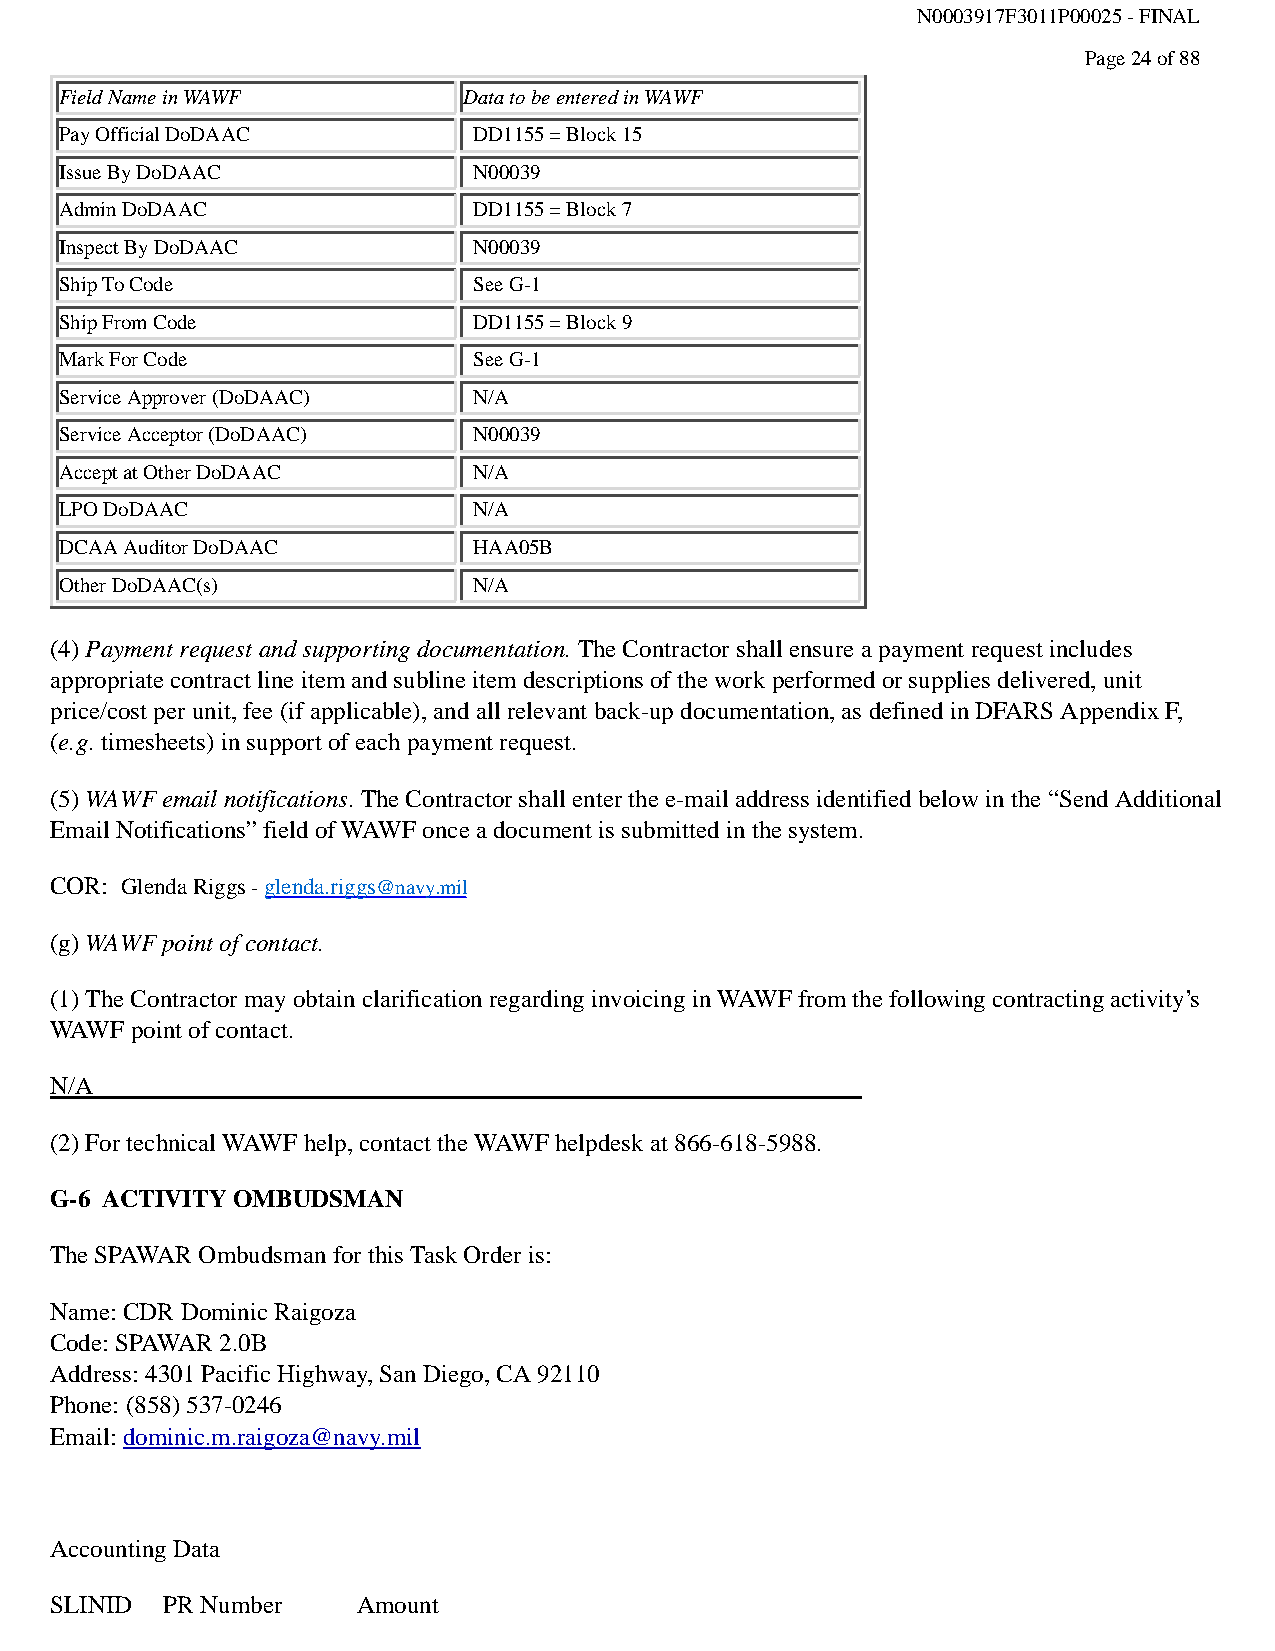
N0003917F3011P00025 - FINAL
 Page 24 of 88
 Field Name in WAWF         Data to be entered in WAWF
 Pay Official DoDAAC        DD1155 = Block 15
 Issue By DoDAAC            N00039
 Admin DoDAAC               DD1155 = Block 7
 Inspect By DoDAAC          N00039
 Ship To Code               See G-1
 Ship From Code             DD1155 = Block 9
 Mark For Code              See G-1
 Service Approver (DoDAAC)  N/A
 Service Acceptor (DoDAAC)  N00039
 Accept at Other DoDAAC     N/A
 LPO DoDAAC                 N/A
 DCAA Auditor DoDAAC        HAA05B
 Other DoDAAC(s)            N/A
 (4) Payment request and supporting documentation. The Contractor shall ensure a payment request includes
 appropriate contract line item and subline item descriptions of the work performed or supplies delivered, unit
 price/cost per unit, fee (if applicable), and all relevant back-up documentation, as defined in DFARS Appendix F,
 (e.g. timesheets) in support of each payment request.
 (5) WAWF email notifications. The Contractor shall enter the e-mail address identified below in the “Send Additional
 Email Notifications” field of WAWF once a document is submitted in the system.
 COR: Glenda Riggs - glenda.riggs@navy.mil
 (g) WAWF point of contact.
 (1) The Contractor may obtain clarification regarding invoicing in WAWF from the following contracting activity’s
 WAWF  point of contact.
 N/A
 (2) For technical WAWF help, contact the WAWF helpdesk at 866-618-5988.
 G-6 ACTIVITY OMBUDSMAN
 The SPAWAR Ombudsman for this Task Order is:
 Name: CDR Dominic Raigoza
 Code: SPAWAR 2.0B
 Address: 4301 Pacific Highway, San Diego, CA 92110
 Phone: (858) 537-0246
 Email: dominic.m.raigoza@navy.mil
 Accounting Data
 SLINID  PR Number    Amount